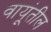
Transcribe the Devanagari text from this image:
वायूंतील